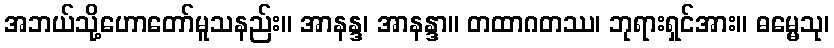
အဘယ်သို့ဟောတော်မူသနည်း။ အာနန္ဒ၊ အာနန္ဒာ။ တထာဂတဿ၊ ဘုရားရှင်အား။ ဓမ္မေသု၊